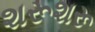
શરૂશરૂ